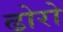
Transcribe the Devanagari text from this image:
ढोरो